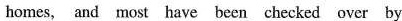
homes, and most have been checked over by